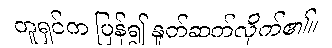
တူရှင်က ပြန်၍ နှုတ်ဆက်လိုက်၏။